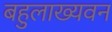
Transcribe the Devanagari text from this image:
बहुलाख्यवन